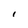
Character: I